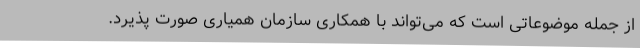
از جمله موضوعاتی است که می‌تواند با همکاری سازمان همیاری صورت پذیرد.